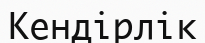
Кендірлік